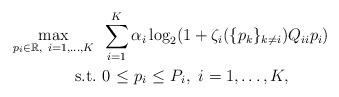
LaTeX: \begin{align*} \max_{p_i\in\mathbb{R},~i=1,\dots,K}~&\sum_{i=1}^K\alpha_i\log_2(1+\zeta_i(\{p_k\}_{k{\ne}i})Q_{ii}p_i)\\ {\rm s.t.}~&0~ {\le}~ p_i~ {\le}~ P_i,~i=1,\dots,K, \end{align*}